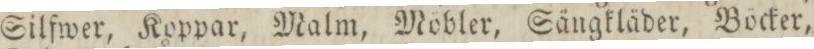
Silfwer, Koppar, Malm, Möbler, Sängkläder, Böcker,